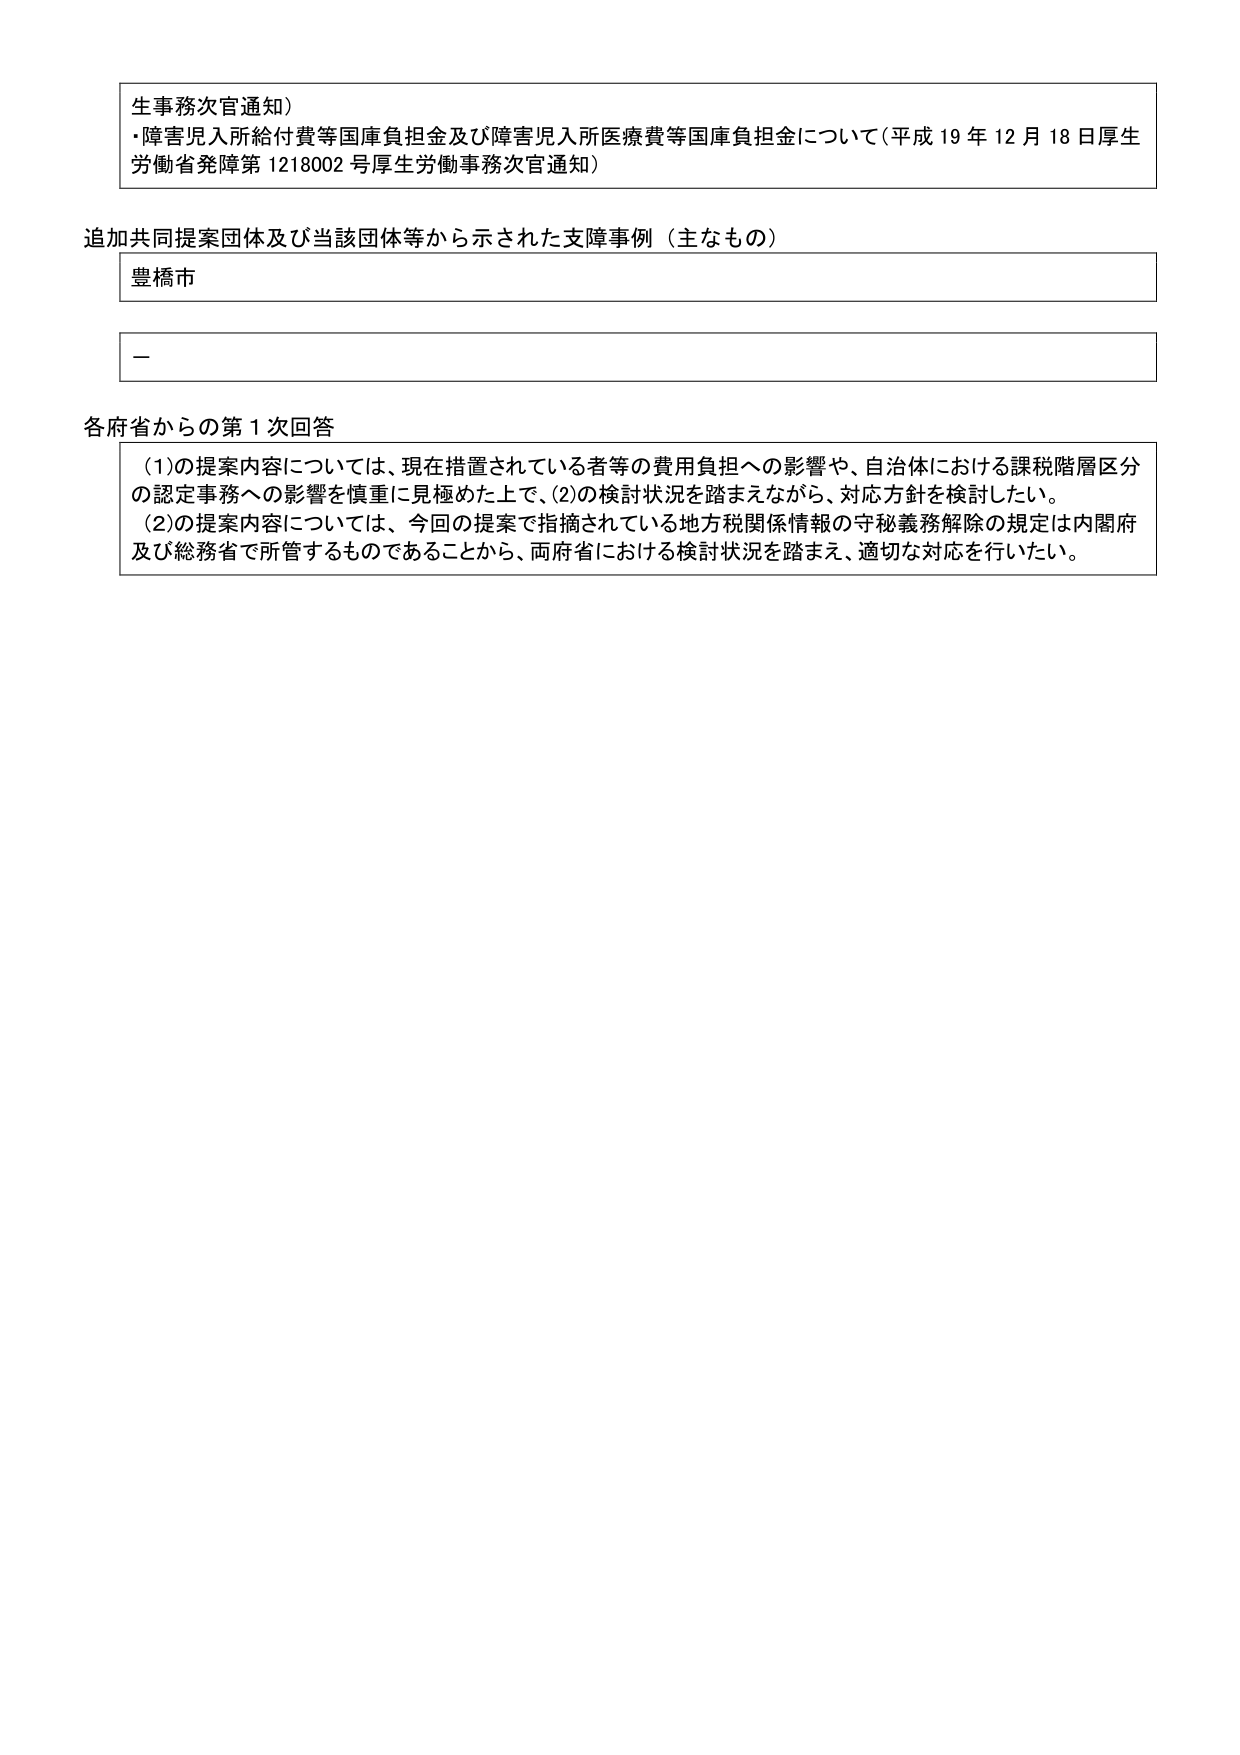
生事務次官通知）
・障害児入所給付費等国庫負担金及び障害児入所医療費等国庫負担金について（平成19年12月18日厚生労働省発障第1218002号厚生労働事務次官通知）

追加共同提案団体及び当該団体等から示された支援事例（主なもの）
豊橋市
－

各府省からの第1次回答
（1）の提案内容については、現在措置されている者等の費用負担への影響や、自治体における課税階層区分の認定事務への影響を慎重に見極めた上で、（2）の検討状況を踏まえながら、対応方針を検討したい。
（2）の提案内容については、今回の提案で指摘されている地方税関係情報の守秘義務解除の規定は内閣府及び総務省で所管するものであることから、両府省における検討状況を踏まえ、適切な対応を行いたい。